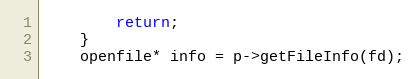
Language: C++
		return;
	}
	openfile* info = p->getFileInfo(fd);